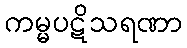
ကမ္မပဋိသရဏာ